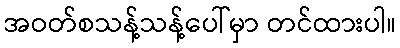
အဝတ်စသန့်သန့်ပေါ်မှာ တင်ထားပါ။